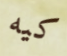
كيه